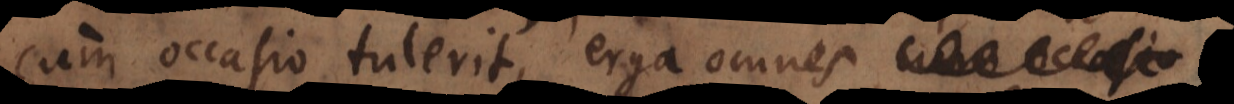
cum occasio tulerit, erga omnes